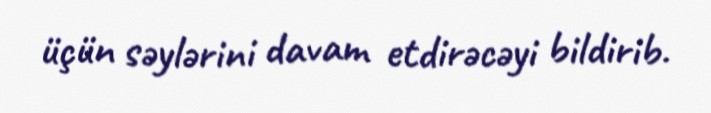
üçün səylərini davam etdirəcəyi bildirib.